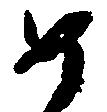
如